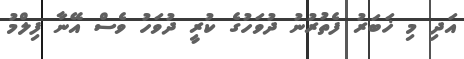
އަދި މި ޚަބަރު ފެތުރުނު ދުވަހުގެ ކުރީ ދުވަހު ވެސް އޭނާ ފިލްމު